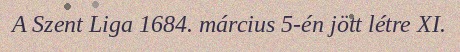
A Szent Liga 1684. március 5-én jött létre XI.